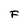
Character: F